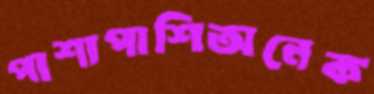
পাশাপাশিঅনেক